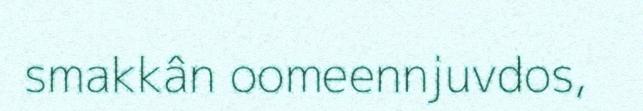
smakkân oomeennjuvdos,